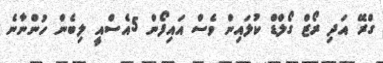
ގްރޭ އަދި ރޯޒް ގޯލްޑް ކުލައިން ވެސް އައިފޯން 5އެސްއީ ލިބެން ހުންނާނެ